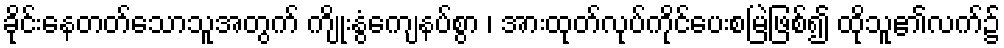
ခိုင်းနေတတ်သောသူအတွက် ကျိုးနွံကျေနပ်စွာ ၊ အားထုတ်လုပ်ကိုင်ပေးစမြဲဖြစ်၍ ထိုသူ၏လက်၌